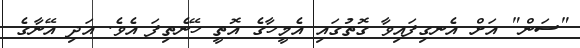
"ސަން" އަށް އެނގިފައިވާ ގޮތުގައި އެމީހާގެ އޮތީ ހޭނެތިފަ އެވެ. އަދި އޭނާގެ